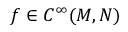
f \in C ^ { \infty } ( M , N )